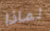
لماذا